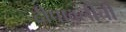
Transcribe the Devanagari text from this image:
दीपावलीची